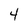
Character: 4